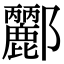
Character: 𨟫